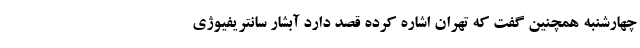
چهارشنبه همچنین گفت که تهران اشاره کرده قصد دارد آبشار سانتریفیوژی